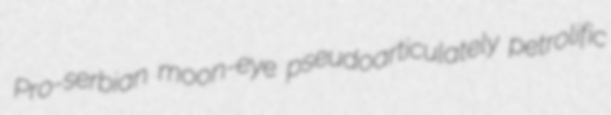
Pro-serbian moon-eye pseudoarticulately petrolific